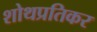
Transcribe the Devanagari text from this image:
शोथप्रतिकर